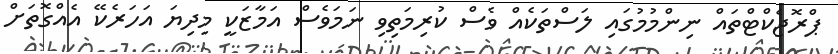
ޕްރޮޖެކްޓްތައް ނިންމުމުގައި ލަސްތަކެއް ވެސް ކުރިމަތިވި ނަމަވެސް އަމާޒަކީ މިދިޔަ އަހަރެކޭ އެއްގޮތަށް